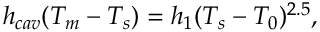
h _ { c a v } ( T _ { m } - T _ { s } ) = h _ { 1 } ( T _ { s } - T _ { 0 } ) ^ { 2 . 5 } ,